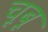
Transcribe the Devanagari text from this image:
चूबू